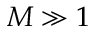
M \gg 1